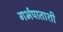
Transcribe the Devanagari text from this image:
गर्भपाताशी